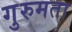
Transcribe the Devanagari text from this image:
गुरुमता